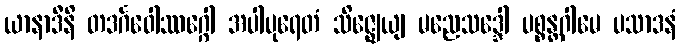
ယာနာဒီနိ တဒင်္ဂဝေါဿဂ္ဂေါ အပါပုရေတံ သိဇ္ဈေယျ မညေသဒ္ဒေါ ပစ္စန္တဂါမေ ပသာဒနံ